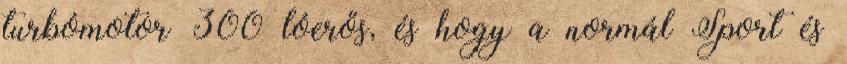
turbómotor 300 lóerős, és hogy a normál Sport és